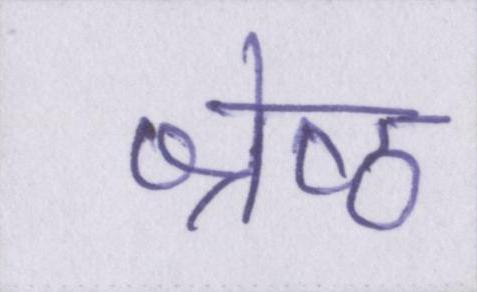
श्रेष्ठ